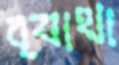
ব্যাথা